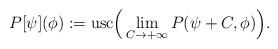
LaTeX: \begin{align*}P[\psi](\phi) := \textup{usc}\Big(\lim_{C \to +\infty}P(\psi+C,\phi)\Big).\end{align*}